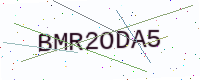
Text: BMR2ODA5